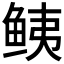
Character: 𱇧